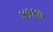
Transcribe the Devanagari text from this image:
४१४७